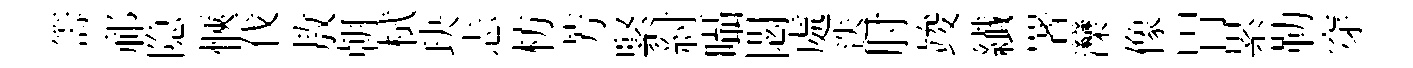
籌祁隐愜伐敖朝栻玦忐枋芳緊紂囁閟處迭肘竣纎署灤像胃累勒穿